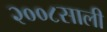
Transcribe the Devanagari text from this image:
२००८साली